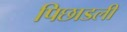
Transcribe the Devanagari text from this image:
पिछाडली